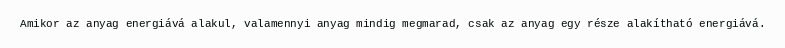
Amikor az anyag energiává alakul, valamennyi anyag mindig megmarad, csak az anyag egy része alakítható energiává.